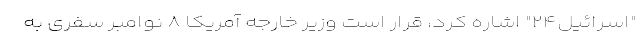
"اسرائیل۲۴" اشاره کرد، قرار است وزیر خارجه آمریکا ۸ نوامبر سفری به